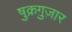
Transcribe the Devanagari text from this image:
षुक्रग़ुज़ार